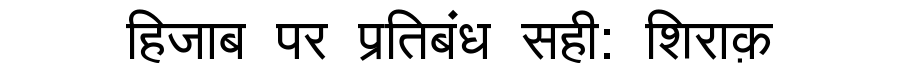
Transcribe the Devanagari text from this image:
हिजाब पर प्रतिबंध सही: शिराक़